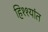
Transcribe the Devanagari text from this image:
हिश्श्यांत